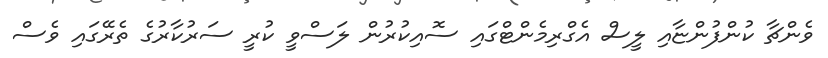
ވެންޗާ ކުންފުންޏާއި ލީސް އެގްރިމެންޓްގައި ސޮއިކުރުން ލަސްވީ ކުރީ ސަރުކާރުގެ ތެރޭގައި ވެސް